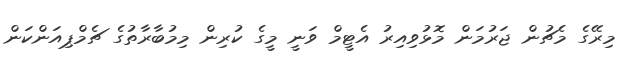
މިރޭގެ މެޗުން ޖަރުމަން މޮޅުވިއިރު އެޓީމް ވަނީ މީގެ ކުރިން މިމުބާރާތުގެ ޗެމްޕިއަންކަން